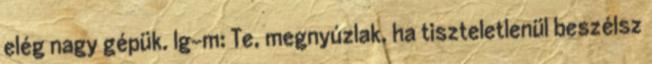
elég nagy gépük. lg-m: Te, megnyúzlak, ha tiszteletlenül beszélsz